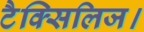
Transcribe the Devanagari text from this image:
टैक्सिलिज।